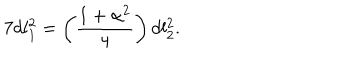
7 d l _ { 1 } ^ { 2 } = \left( \frac { 1 + \alpha ^ { 2 } } { 4 } \right) d l _ { 2 } ^ { 2 } .